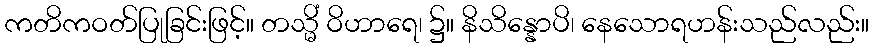
ကတိကဝတ်ပြုခြင်းဖြင့်။ တသ္မိံ ဝိဟာရေ၊ ၌။ နိသိန္နောပိ၊ နေသောရဟန်းသည်လည်း။